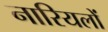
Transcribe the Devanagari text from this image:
नारियलों